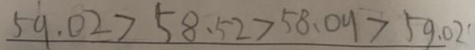
5 9 . 0 2 > 5 8 . 5 2 > 5 8 . 0 9 > 5 9 . 0 2